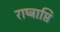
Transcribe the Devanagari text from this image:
राष्ट्राप्ति